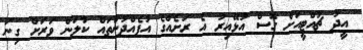
އީދު ޗުއްޓީއަށް ގޮސް އުޅޭއިރު އެ ރަށެއްގެ އުފެއްދުންތައް ކާލަން ވަރަށް ގިނަ